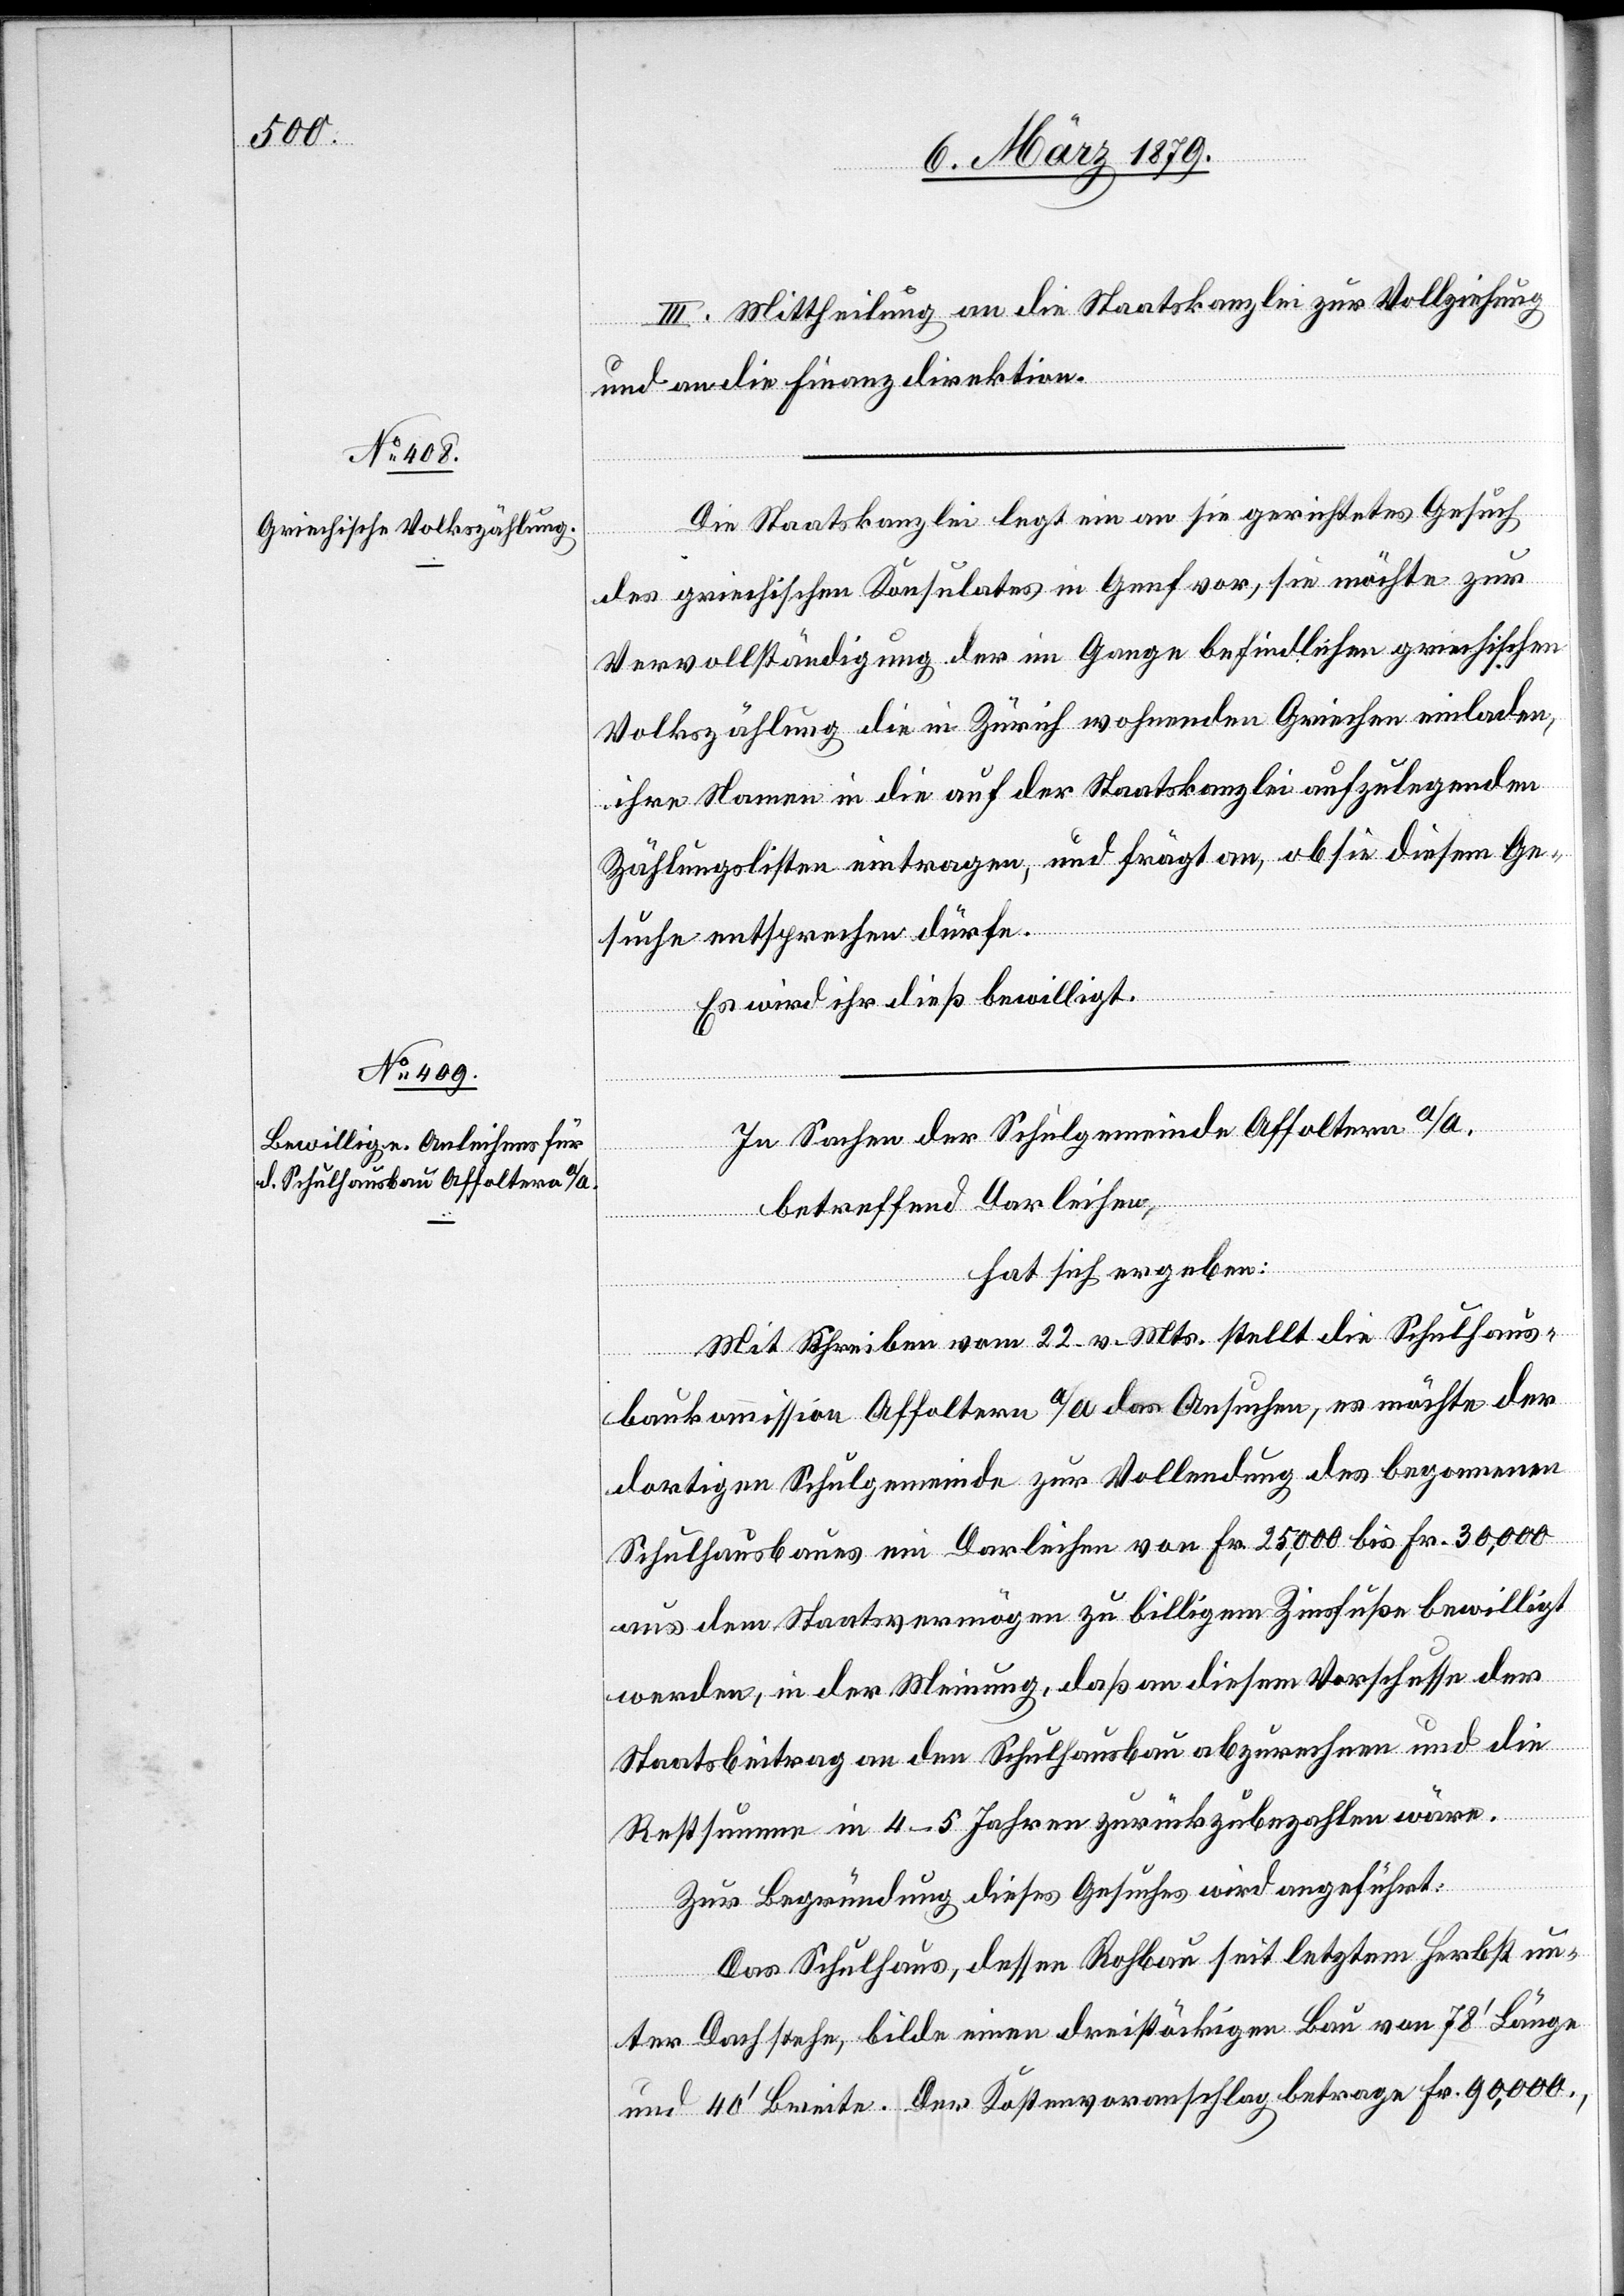
III. Mittheilung an die Staatskanzlei zur Vollziehung
und an die Finanzdirektion.
Die Staatskanzlei legt ein an sie gerichtetes Gesuch
des griechischen Konsulates in Genf vor, sie möchte zur
Vervollständigung der im Gange befindlichen griechischen
Volkszählung die in Zürich wohnenden Griechen einladen,
ihre Namen in die auf der Staatskanzlei aufzulegenden
Zählungslisten eintragen, und frägt an, ob sie diesem Ge¬
suche entsprechen dürfe.
Es wird ihr dieß bewilligt.
In Sachen der Schulgemeinde Affoltern a/A.
betreffend Darleihen,
hat sich ergeben:
Mit Schreiben vom 22. v. Mts. stellt die Schulhaus¬
baukommission Affoltern a/A. das Ansuchen, es möchte der
dortigen Schulgemeinde zur Vollendung des begonnenen
Schulhausbaues ein Darleihen von Fr. 25,000 bis Fr. 30,000
aus dem Staatsvermögen zu billigem Zinsfuße bewilligt
werden, in der Meinung, daß an diesem Vorschusse der
Staatsbeitrag an den Schulhausbau abzurechnen und die
Restsumme in 4–5 Jahren zurückzubezahlen wäre.
Zur Begründung dieses Gesuches wird angeführt:
Das Schulhaus, dessen Rohbau seit letztem Herbst un¬
ter Dach stehe, bilde einen dreistöckigen Bau von 78‘ Länge
und 40‘ Breite. Der Kostenvoranschlag betrage Fr. 90,000.,